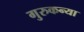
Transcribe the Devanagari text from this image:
गुरुकन्या